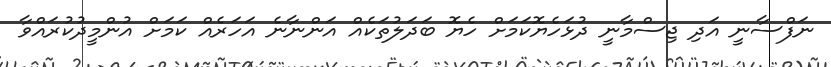
ނަފްސާނީ އަދި ޖިސްމާނީ ދުޅަހެޔޮކަމަށް ހެޔޮ ބަދަލުތަކެއް އަންނާނެ އަހަރެއް ކަމަށް އުންމީދުކުރައްވާ